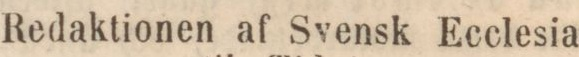
Redaktionen af Svensk Ecclesia-